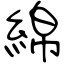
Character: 綿